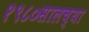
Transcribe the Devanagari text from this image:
१९८०सालच्या